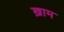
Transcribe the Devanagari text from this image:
ख़ाम